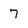
Character: 7